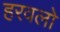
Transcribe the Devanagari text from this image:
हरवलो